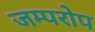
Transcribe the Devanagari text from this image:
जम्परोप